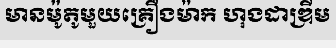
មានម៉ូតូមួយគ្រឿងម៉ាក ហុងដាឌ្រីម